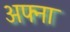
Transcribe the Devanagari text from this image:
अफ्ना